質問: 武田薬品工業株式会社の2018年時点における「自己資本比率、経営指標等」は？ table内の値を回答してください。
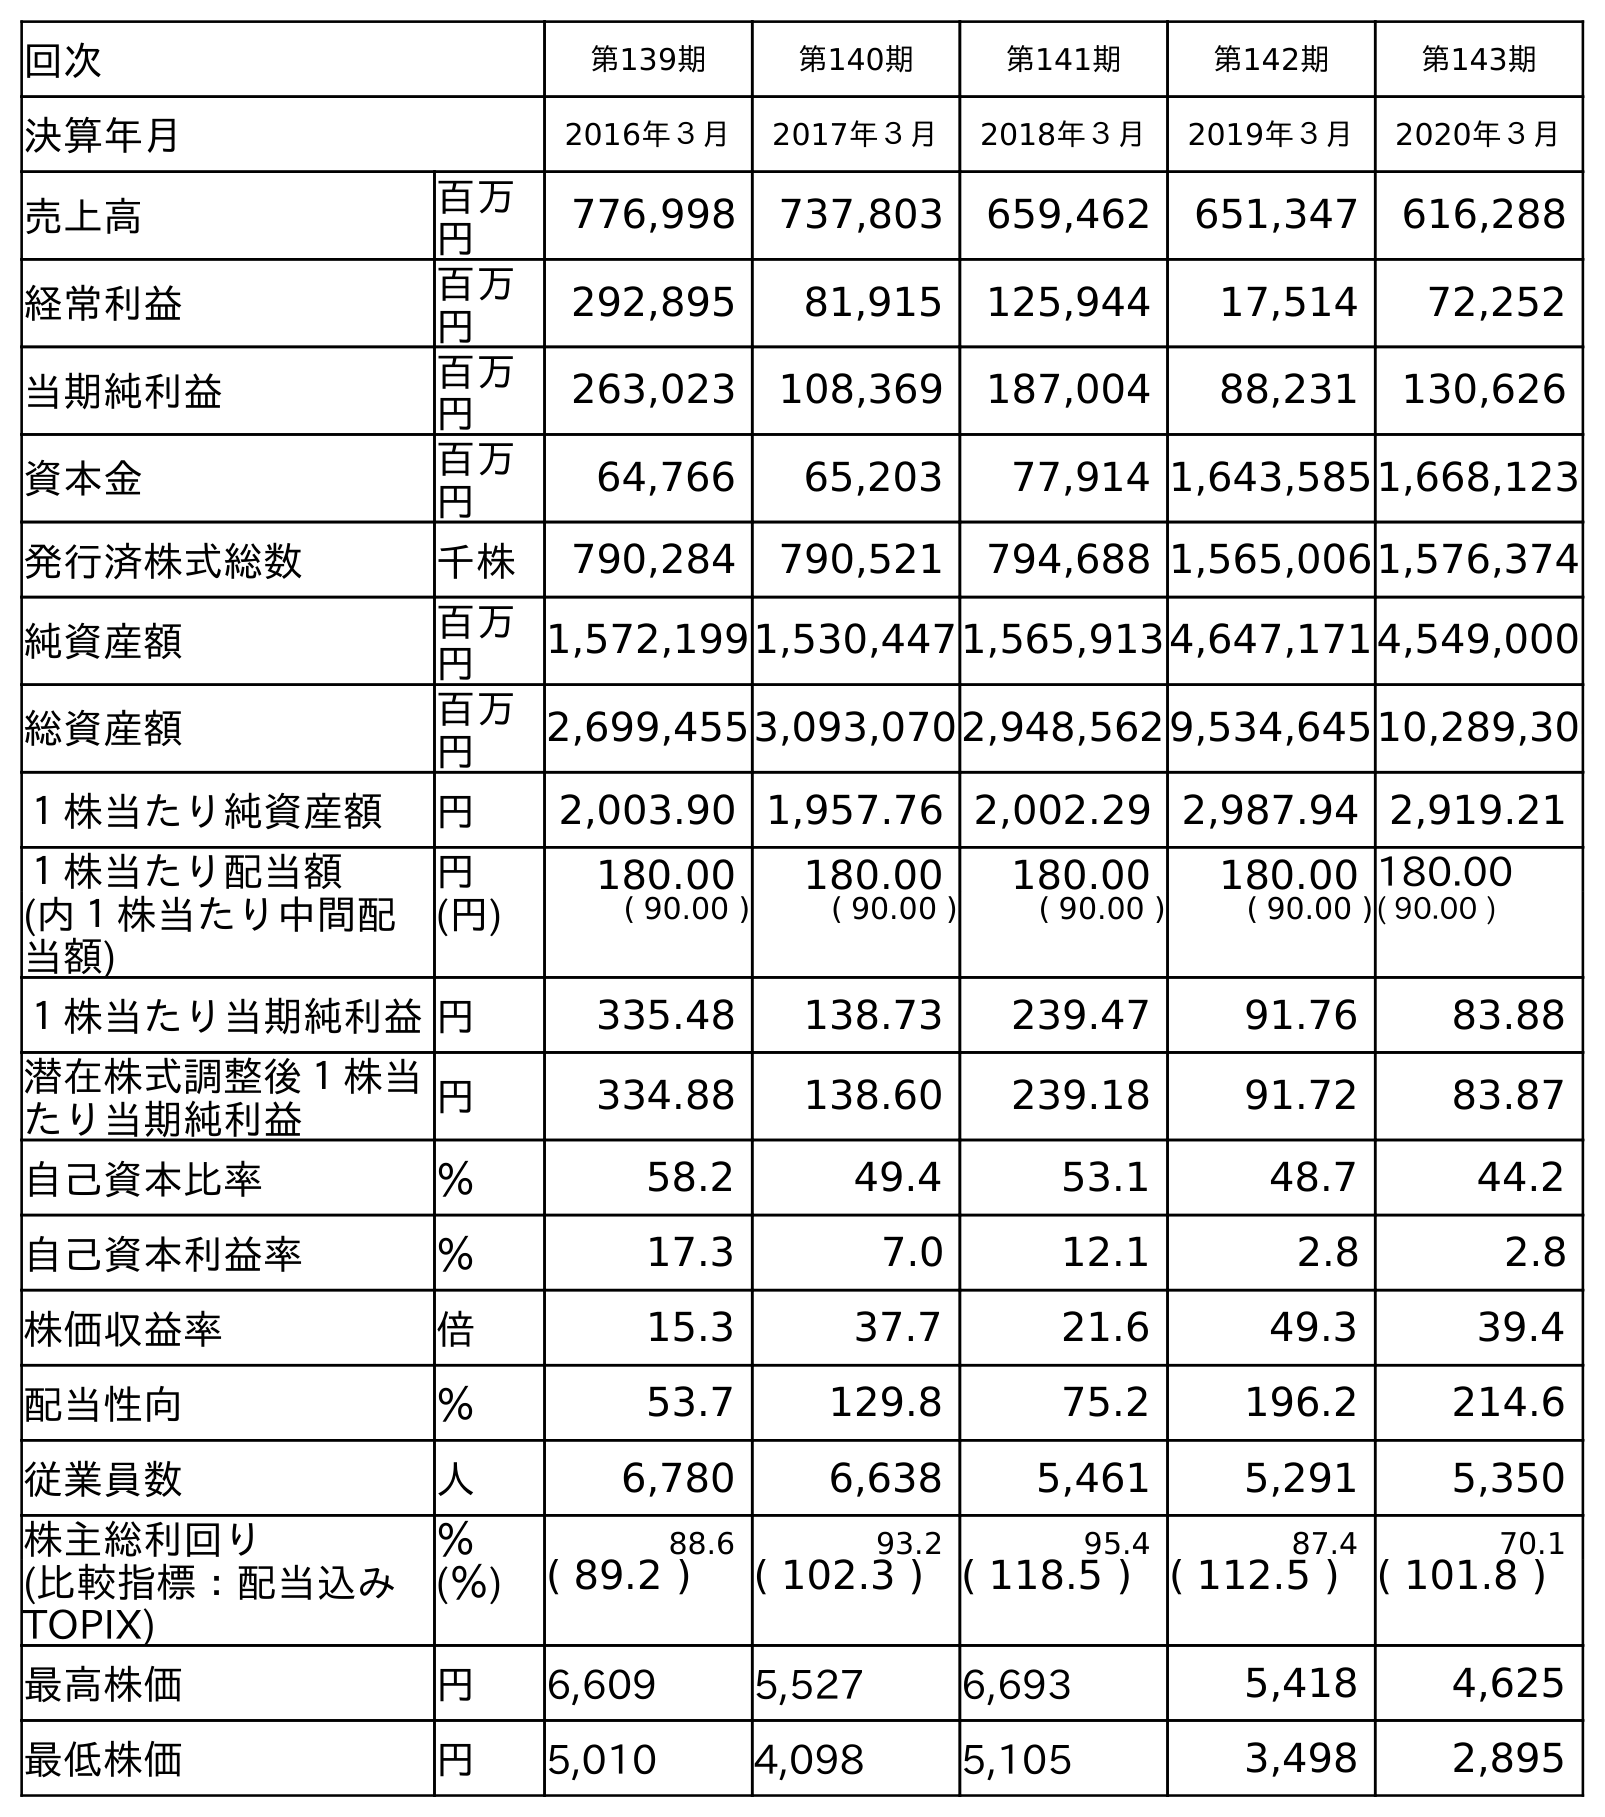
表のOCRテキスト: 回次 第139期 第140期 第141期 第142期 第143期 決算年月 2016年３月 2017年３月 2018年３月 2019年３月 2020年３月 売上高 百万 円 776,998 737,803 659,462 651,347 616,288 経常利益 百万 円 292,895 81,915 125,944 17,514 72,252 当期純利益 百万 円 263,023 108,369 187,004 88,231 130,626 資本金 百万 円 64,766 65,203 77,914 1,643,5851,668,123 発行済株式総数 千株 790,284 790,521 794,688 1,565,0061,576,374 純資産額 百万 円 1,572,1991,530,4471,565,9134,647,1714,549,000 総資産額 百万 円 2,699,4553,093,0702,948,5629,534,64510,289,30 １株当たり純資産額 円 2,003.90 1,957.76 2,002.29 2,987.94 2,919.21 １株当たり配当額 円 180.00 180.00 180.00 180.00 180.00 (内１株当たり中間配 当額) (円) ( 90.00 ) ( 90.00 ) ( 90.00 ) ( 90.00 )( 90.00 ) １株当たり当期純利益円 335.48 138.73 239.47 91.76 83.88 潜在株式調整後１株当 たり当期純利益 円 334.88 138.60 239.18 91.72 83.87 自己資本比率 ％ 58.2 49.4 53.1 48.7 44.2 自己資本利益率 ％ 17.3 7.0 12.1 2.8 2.8 株価収益率 倍 15.3 37.7 21.6 49.3 39.4 配当性向 ％ 53.7 129.8 75.2 196.2 214.6 従業員数 人 6,780 6,638 5,461 5,291 5,350 株主総利回り ％ 88.6 93.2 95.4 87.4 70.1 (比較指標：配当込み TOPIX) (％) ( 89.2 ) ( 102.3 ) ( 118.5 ) ( 112.5 ) ( 101.8 ) 最高株価 円 6,609 5,527 6,693 5,418 4,625 最低株価 円 5,010 4,098 5,105 3,498 2,895
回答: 53.1